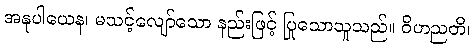
အနုပါယေန၊ မသင့်လျော်သော နည်းဖြင့် ပြုသောသူသည်။ ဝိဟညတိ၊